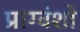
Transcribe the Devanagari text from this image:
प्राग्वंशो